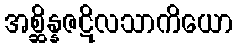
အစ္ဆိန္နဇဋိလသာကိယော